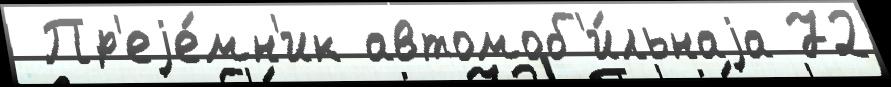
 Пр'еjе́мн'ик автомоб'и́льнаjа 72